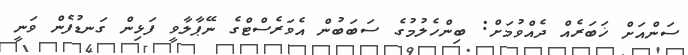
ސަންއަށް ޚަބަރެއް ދެއްވުމަށް: ބިންހެލުމުގެ ސަބަބުން އެވަރެސްޓްގެ ނޭޕާލާވީ ފަޅިން ގަނޑުފެން ވަނީ